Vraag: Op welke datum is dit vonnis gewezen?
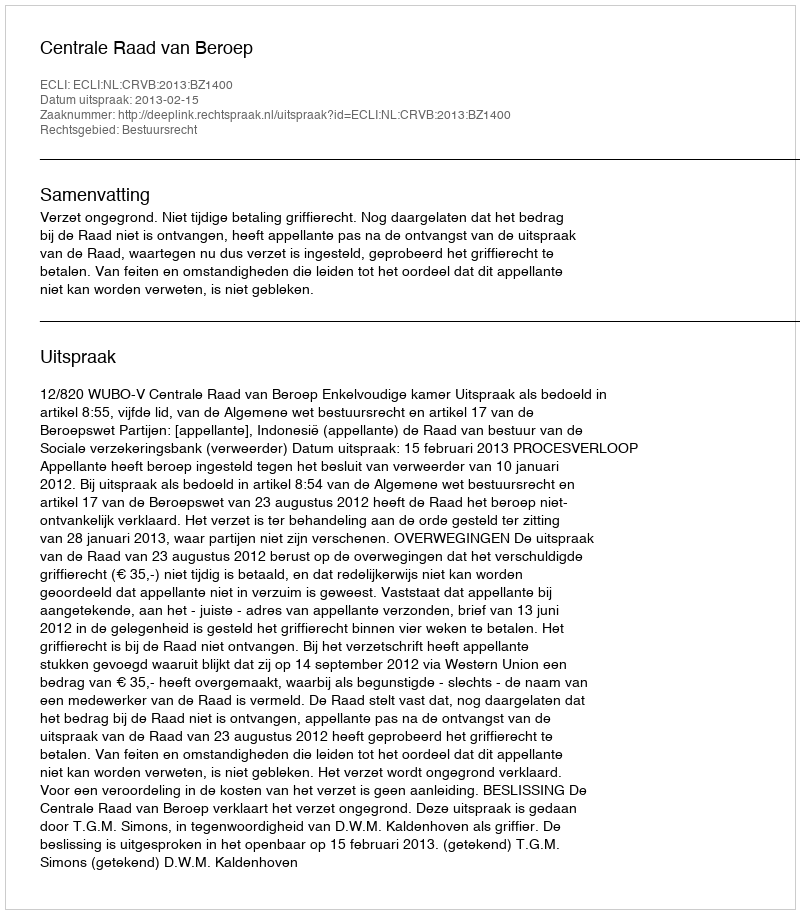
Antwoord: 2013-02-15